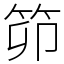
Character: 笷